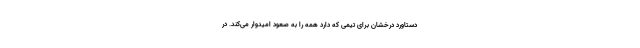
دستاورد درخشان برای تیمی که دارد همه را به صعود امیدوار می‌کند. در